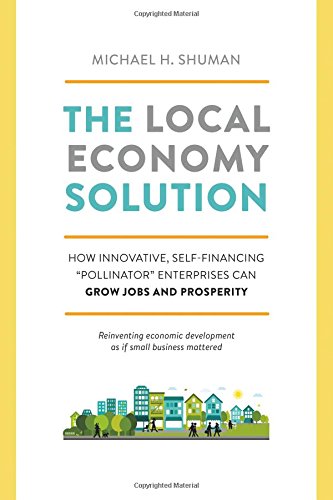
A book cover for The Local Economy Solution: How Innovative, Self-Financing "Pollinator" Enterprises Can Grow Jobs and Prosperity; Michael Shuman; Business & Money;